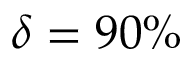
\delta = 9 0 \%